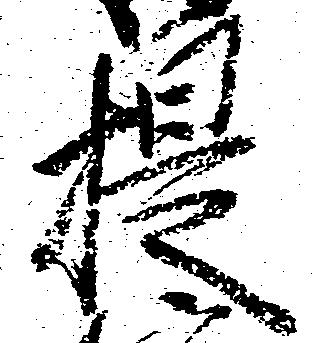
提